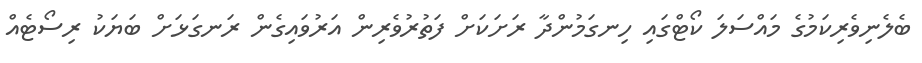
ބެލެނިވެރިކަމުގެ މައްސަލަ ކޯޓްގައި ހިނގަމުންދާ ރަށަކަށް ފަތުރުވެރިން އަރުވައިގެން ރަނގަޅަށް ބަޔަކު ރިސޯޓެއް